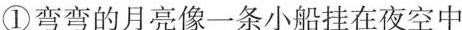
①弯弯的月亮像一条小船挂在夜空中